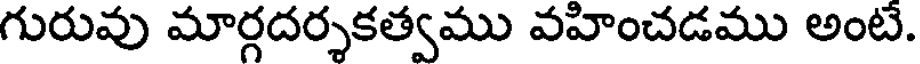
గురువు మార్గదర్శకత్వము వహించడము అంటే.